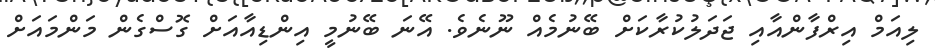
ލިއަމް އިރްފާންއާއި ޖަދަލުކުރާކަށް ބޭނުމެއް ނޫނެވެ. އޭނަ ބޭނުމީ އިންޑިއާއަށް ގޮސްގެން މަންމައަށް